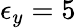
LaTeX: \epsilon_{y}=5\